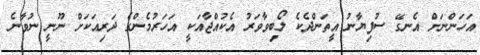
އަހަންނަށް އެނގޭ ސުފިޔާނު އީތަންދެކެ ލޯބިވާވަރު އެކުއްޖާއަކީ އަހަރުމެންގެ ދަރިއަކަށް ނޫނީ ނުވާނެ